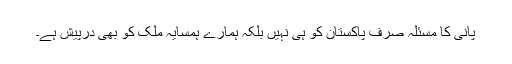
پانی کا مسئلہ صرف پاکستان کو ہی نہیں بلکہ ہمارے ہمسایہ ملک کو بھی درپیش ہے۔